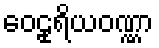
ဝေဠုရိယဝဏ္ဏာ